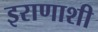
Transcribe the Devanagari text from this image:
इराणाशी